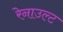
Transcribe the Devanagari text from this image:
रेनाउल्ट